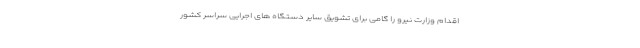
اقدام وزارت نیرو را گامی برای تشویق سایر دستگاه های اجرایی سراسر کشور